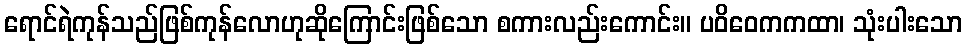
ရောင်ရဲကုန်သည်ဖြစ်ကုန်လောဟုဆိုကြောင်းဖြစ်သော စကားလည်းကောင်း။ ပဝိဝေကကထာ၊ သုံးပါးသော